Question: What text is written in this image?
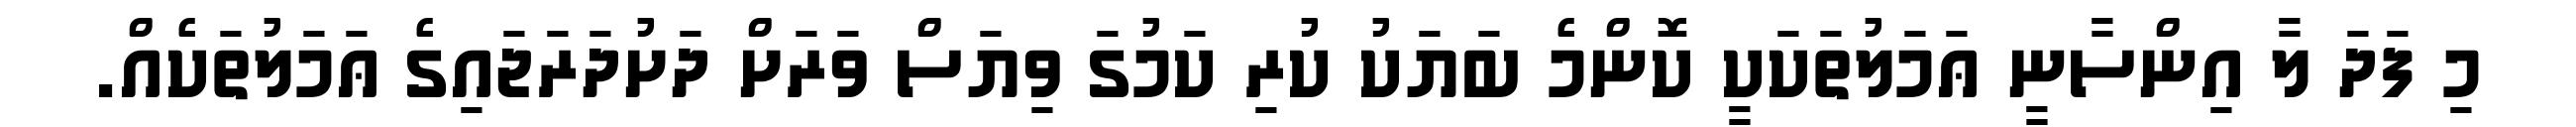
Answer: މި ފަދަ ލާ އިންސާނީ ޢަމަލުތަކަކީ ކޮންމެ ބަޔަކު ކުރި ކަމުގަ ވިޔަސް ވަރަށް ދަށުދަރަޖައިގެ ޢަމަލުތަކެއް.